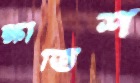
ক্ষীতিশ